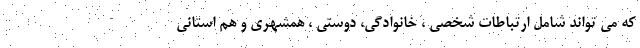
که می تواند شامل ارتباطات شخصی ، خانوادگی، دوستی ، همشهری و هم استانی